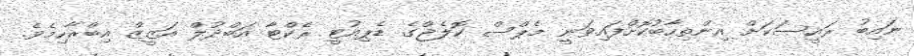
ނައިބު ރައީސަކަށް އިންތިހާބުކޮށްފައިވަނީ މެޕްސް ކޮލެޖްގެ ޑެޕިއުޓީ ރެކްޓާ އަބްދުލް އަޒީޒް އިބްރާހިމެވެ.